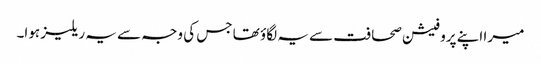
میرا اپنے پروفیشن صحافت سے یہ لگاؤ تھا جس کی وجہ سے یہ ریلیز ہوا۔